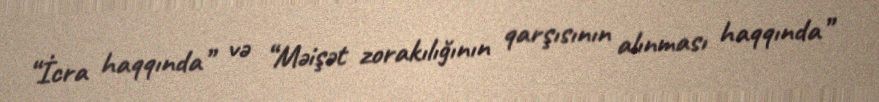
“İcra haqqında” və “Məişət zorakılığının qarşısının alınması haqqında”